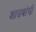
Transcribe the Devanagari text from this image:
शाउबोगी